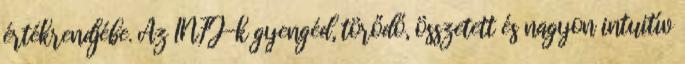
értékrendjébe. Az INFJ-k gyengéd, törődő, összetett és nagyon intuitív